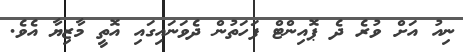
ނިއު އަށް ވުރެ ދެ ޕޮއިންޓް ފަހަތުން ދެވަނައިގައި އޮތީ މާޒިޔާ އެވެ.